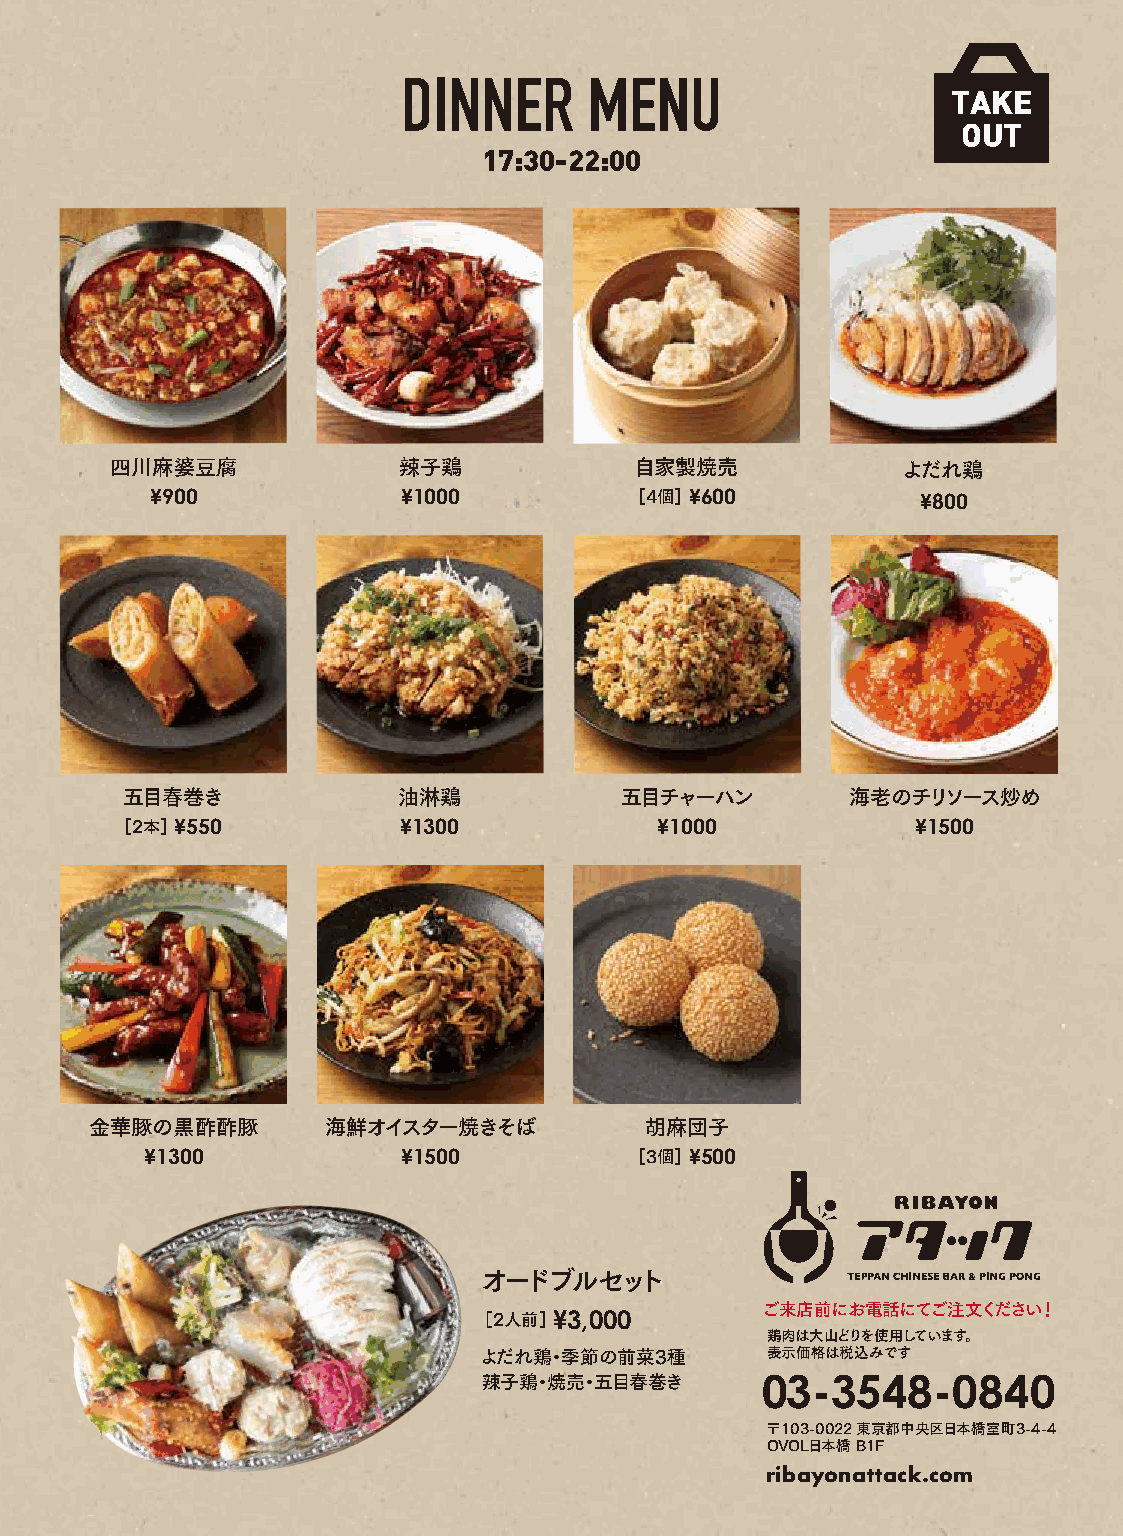
DINNER      MENU
 TAKE
 OUT
 17:30-22:00
 四川麻婆豆腐             辣子鶏             自家製焼売             よだれ鶏
 ¥900             ¥1000          ［4個］ ¥600          ¥800
 五目春巻き             油淋鶏            五目チャーハン        海老のチリソース炒め
 ［2本］ ¥550         ¥1300            ¥1000             ¥1500
 金華豚の黒酢酢豚       海鮮オイスター焼きそば           胡麻団子
 ¥1300            ¥1500          ［3個］ ¥500
 オードブルセット
 ［2人前］ ¥3,000       ご来店前にお電話にてご注文ください！
 鶏肉は大山どりを使用しています。
 よだれ鶏・季節の前菜3種       表示価格は税込みです
 辣子鶏・焼売・五目春巻き      03-3548-0840
 〒103-0022 東京都中央区日本橋室町3-4-4
 OVOL日本橋 B1F
 ribayonattack.com